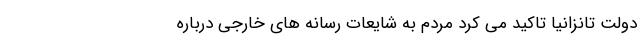
دولت تانزانیا تاکید می کرد مردم به شایعات رسانه های خارجی درباره